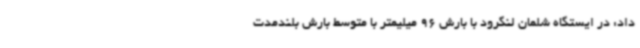
داد: در ایستگاه شلمان لنگرود با بارش 96 میلیمتر با متوسط بارش بلندمدت